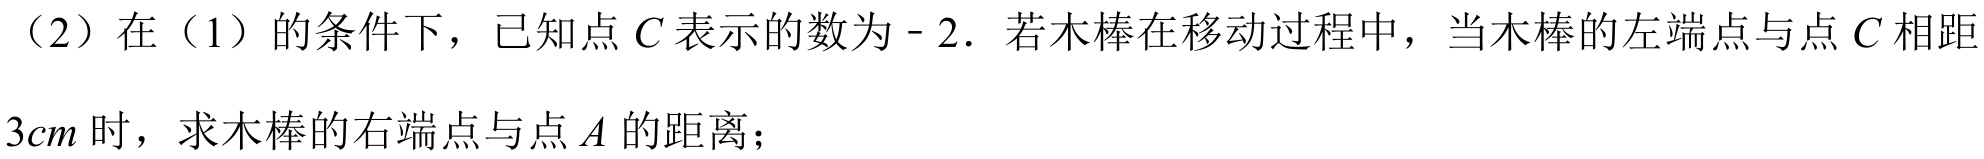
（2）在（1）的条件下，已知点 \(C\) 表示的数为 \(-2\)．若木棒在移动过程中，当木棒的左端点与点 \(C\) 相距 \(3cm\) 时，求木棒的右端点与点 \(A\) 的距离；